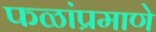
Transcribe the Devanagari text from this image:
फळांप्रमाणे